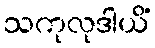
သကုလုဒါယိံ